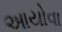
આયોવા